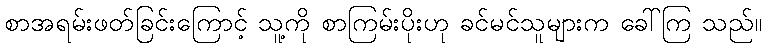
စာအရမ်းဖတ်ခြင်းကြောင့် သူ့ကို စာကြမ်းပိုးဟု ခင်မင်သူများက ခေါ်ကြ သည်။